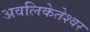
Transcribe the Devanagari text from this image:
अवलिकेतेश्‍वर